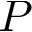
P